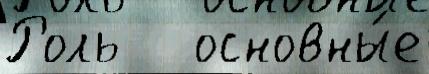
Роль   основны́е